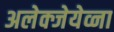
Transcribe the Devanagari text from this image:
अलेक्जेयेव्ना